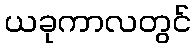
ယခုကာလတွင်